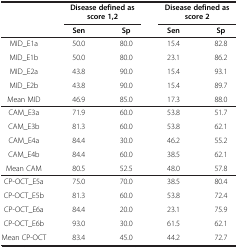
<table><thead><tr><td><b> </b></td><td colspan="2"><b>Disease defined as score 1,2</b></td><td colspan="2"><b>Disease defined as score 2</b></td></tr><tr><td><b> </b></td><td><b>Sen</b></td><td><b>Sp</b></td><td><b>Sen</b></td><td><b>Sp</b></td></tr></thead><tbody><tr><td>MID_E1a</td><td>50.0</td><td>80.0</td><td>15.4</td><td>82.8</td></tr><tr><td>MID_E1b</td><td>50.0</td><td>80.0</td><td>23.1</td><td>86.2</td></tr><tr><td>MID_E2a</td><td>43.8</td><td>90.0</td><td>15.4</td><td>93.1</td></tr><tr><td>MID_E2b</td><td>43.8</td><td>90.0</td><td>15.4</td><td>89.7</td></tr><tr><td>Mean MID</td><td>46.9</td><td>85.0</td><td>17.3</td><td>88.0</td></tr><tr><td>CAM_E3a</td><td>71.9</td><td>60.0</td><td>53.8</td><td>51.7</td></tr><tr><td>CAM_E3b</td><td>81.3</td><td>60.0</td><td>53.8</td><td>62.1</td></tr><tr><td>CAM_E4a</td><td>84.4</td><td>30.0</td><td>46.2</td><td>55.2</td></tr><tr><td>CAM_E4b</td><td>84.4</td><td>60.0</td><td>38.5</td><td>62.1</td></tr><tr><td>Mean CAM</td><td>80.5</td><td>52.5</td><td>48.0</td><td>57.8</td></tr><tr><td>CP-OCT_E5a</td><td>75.0</td><td>70.0</td><td>38.5</td><td>80.4</td></tr><tr><td>CP-OCT_E5b</td><td>81.3</td><td>60.0</td><td>53.8</td><td>72.4</td></tr><tr><td>CP-OCT_E6a</td><td>84.4</td><td>20.0</td><td>23.1</td><td>75.9</td></tr><tr><td>CP-OCT_E6b</td><td>93.0</td><td>30.0</td><td>61.5</td><td>62.1</td></tr><tr><td>Mean CP-OCT</td><td>83.4</td><td>45.0</td><td>44.2</td><td>72.7</td></tr></tbody></table>